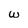
Character: w